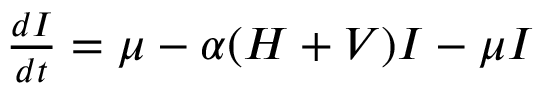
\begin{array} { r } { \frac { d I } { d t } = \mu - \alpha ( H + V ) I - \mu I } \end{array}